Indian journal of veterinary science and animal husbandry - Volume 12,
Year: 1942
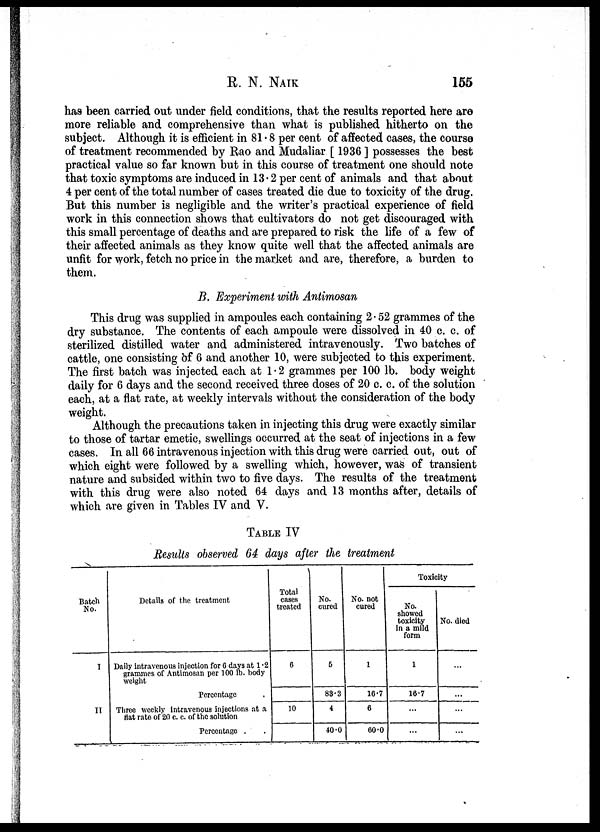
R. N. NAIK 155
has been carried out under field conditions, that the results reported here are
more reliable and comprehensive than what is published hitherto on the
subject. Although it is efficient in 81.8 per cent of affected cases, the course
of treatment recommended by Rao and Mudaliar [ 1936 ] possesses the best
practical value so far known but in this course of treatment one should note
that toxic symptoms are induced in 13.2 per cent of animals and that about
4 per cent of the total number of cases treated die due to toxicity of the drug.
But this number is negligible and the writer's practical experience of field
work in this connection shows that cultivators do not get discouraged with
this small percentage of deaths and are prepared to risk the life of a few of
their affected animals as they know quite well that the affected animals are
unfit for work, fetch no price in the market and are, therefore, a burden to
them.
B. Experiment with Antimosan
This drug was supplied in ampoules each containing 2.52 grammes of the
dry substance. The contents of each ampoule were dissolved in 40 c. c. of
sterilized distilled water and administered intravenously. Two batches of
cattle, one consisting of 6 and another 10, were subjected to this experiment.
The first batch was injected each at 1.2 grammes per 100 lb. body weight
daily for 6 days and the second received three doses of 20 c. c. of the solution
each, at a flat rate, at weekly intervals without the consideration of the body
weight.
Although the precautions taken in injecting this drug were exactly similar
to those of tartar emetic, swellings occurred at the seat of injections in a few
cases. In all 66 intravenous injection with this drug were carried out, out of
which eight were followed by a swelling which, however, was of transient
nature and subsided within two to five days. The results of the treatment
with this drug were also noted 64 days and 13 months after, details of
which are given in Tables IV and V.
TABLE IV
Results observed 64 days after the treatment
Batch
No.
I
II
Details of the treatment
Daily intravenous injection for 6 days at 1 .2
grammes of Antimosan per 100 lb. body
weight
Percentage
Three weekly Intravenous injections at a
flat rate of 20 c. c. of the solution
Percentage .
Total
cases
treated
6
10
No.
cured
5
83.3
4
40.0
No. not
cured
1
16.7
6
60.0
Toxicity
No.
showed
toxicity
in a mild
form
1
16.7
...
...
No. died
...
...
...
...